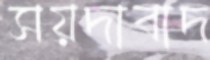
সয়দাবাদ